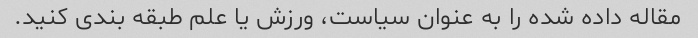
مقاله داده شده را به عنوان سیاست، ورزش یا علم طبقه بندی کنید.